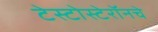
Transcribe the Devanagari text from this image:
टेस्टोस्टेरॉनचे